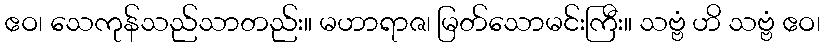
ဧဝ၊ သေကုန်သည်သာတည်း။ မဟာရာဇ၊ မြတ်သောမင်းကြီး။ သဗ္ဗံ ဟိ သဗ္ဗံ ဧဝ၊